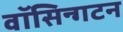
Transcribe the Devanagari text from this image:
वॉसिन्गटन